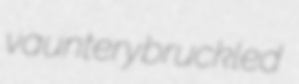
vauntery bruckled